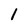
Character: 1